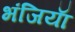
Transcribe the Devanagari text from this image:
भंजियाॅ